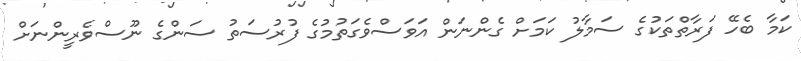
ކަމާ ބެހޭ ފަރާތްތަކުގެ ސަމާލު ކަމަށް ގެންނަން އަވަސްވެގަތުމުގެ ފުރުސަތު ސަންގެ ނޫސްވެރީންނަށް